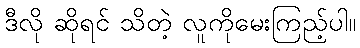
ဒီလို ဆိုရင် သိတဲ့ လူကိုမေးကြည့်ပါ။